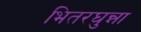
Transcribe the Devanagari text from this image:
भितरघुन्ना